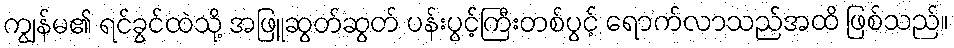
ကျွန်မ၏ ရင်ခွင်ထဲသို့ အဖြူဆွတ်ဆွတ် ပန်းပွင့်ကြီးတစ်ပွင့် ရောက်လာသည်အထိ ဖြစ်သည်။